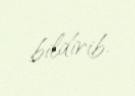
bildirib.